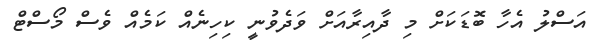
އަސްލު އެހާ ބޮޑަކަށް މި ދާއިރާއަށް ވަދެވުނީ ކިހިނެއް ކަމެއް ވެސް މޯސްޓް